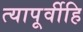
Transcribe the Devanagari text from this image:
त्यापूर्वीहि